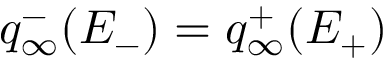
q _ { \infty } ^ { - } ( E _ { - } ) = q _ { \infty } ^ { + } ( E _ { + } )